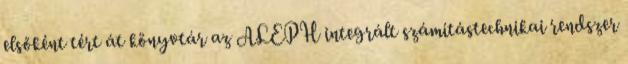
elsőként tért át könyvtár az ALEPH integrált számítástechnikai rendszer